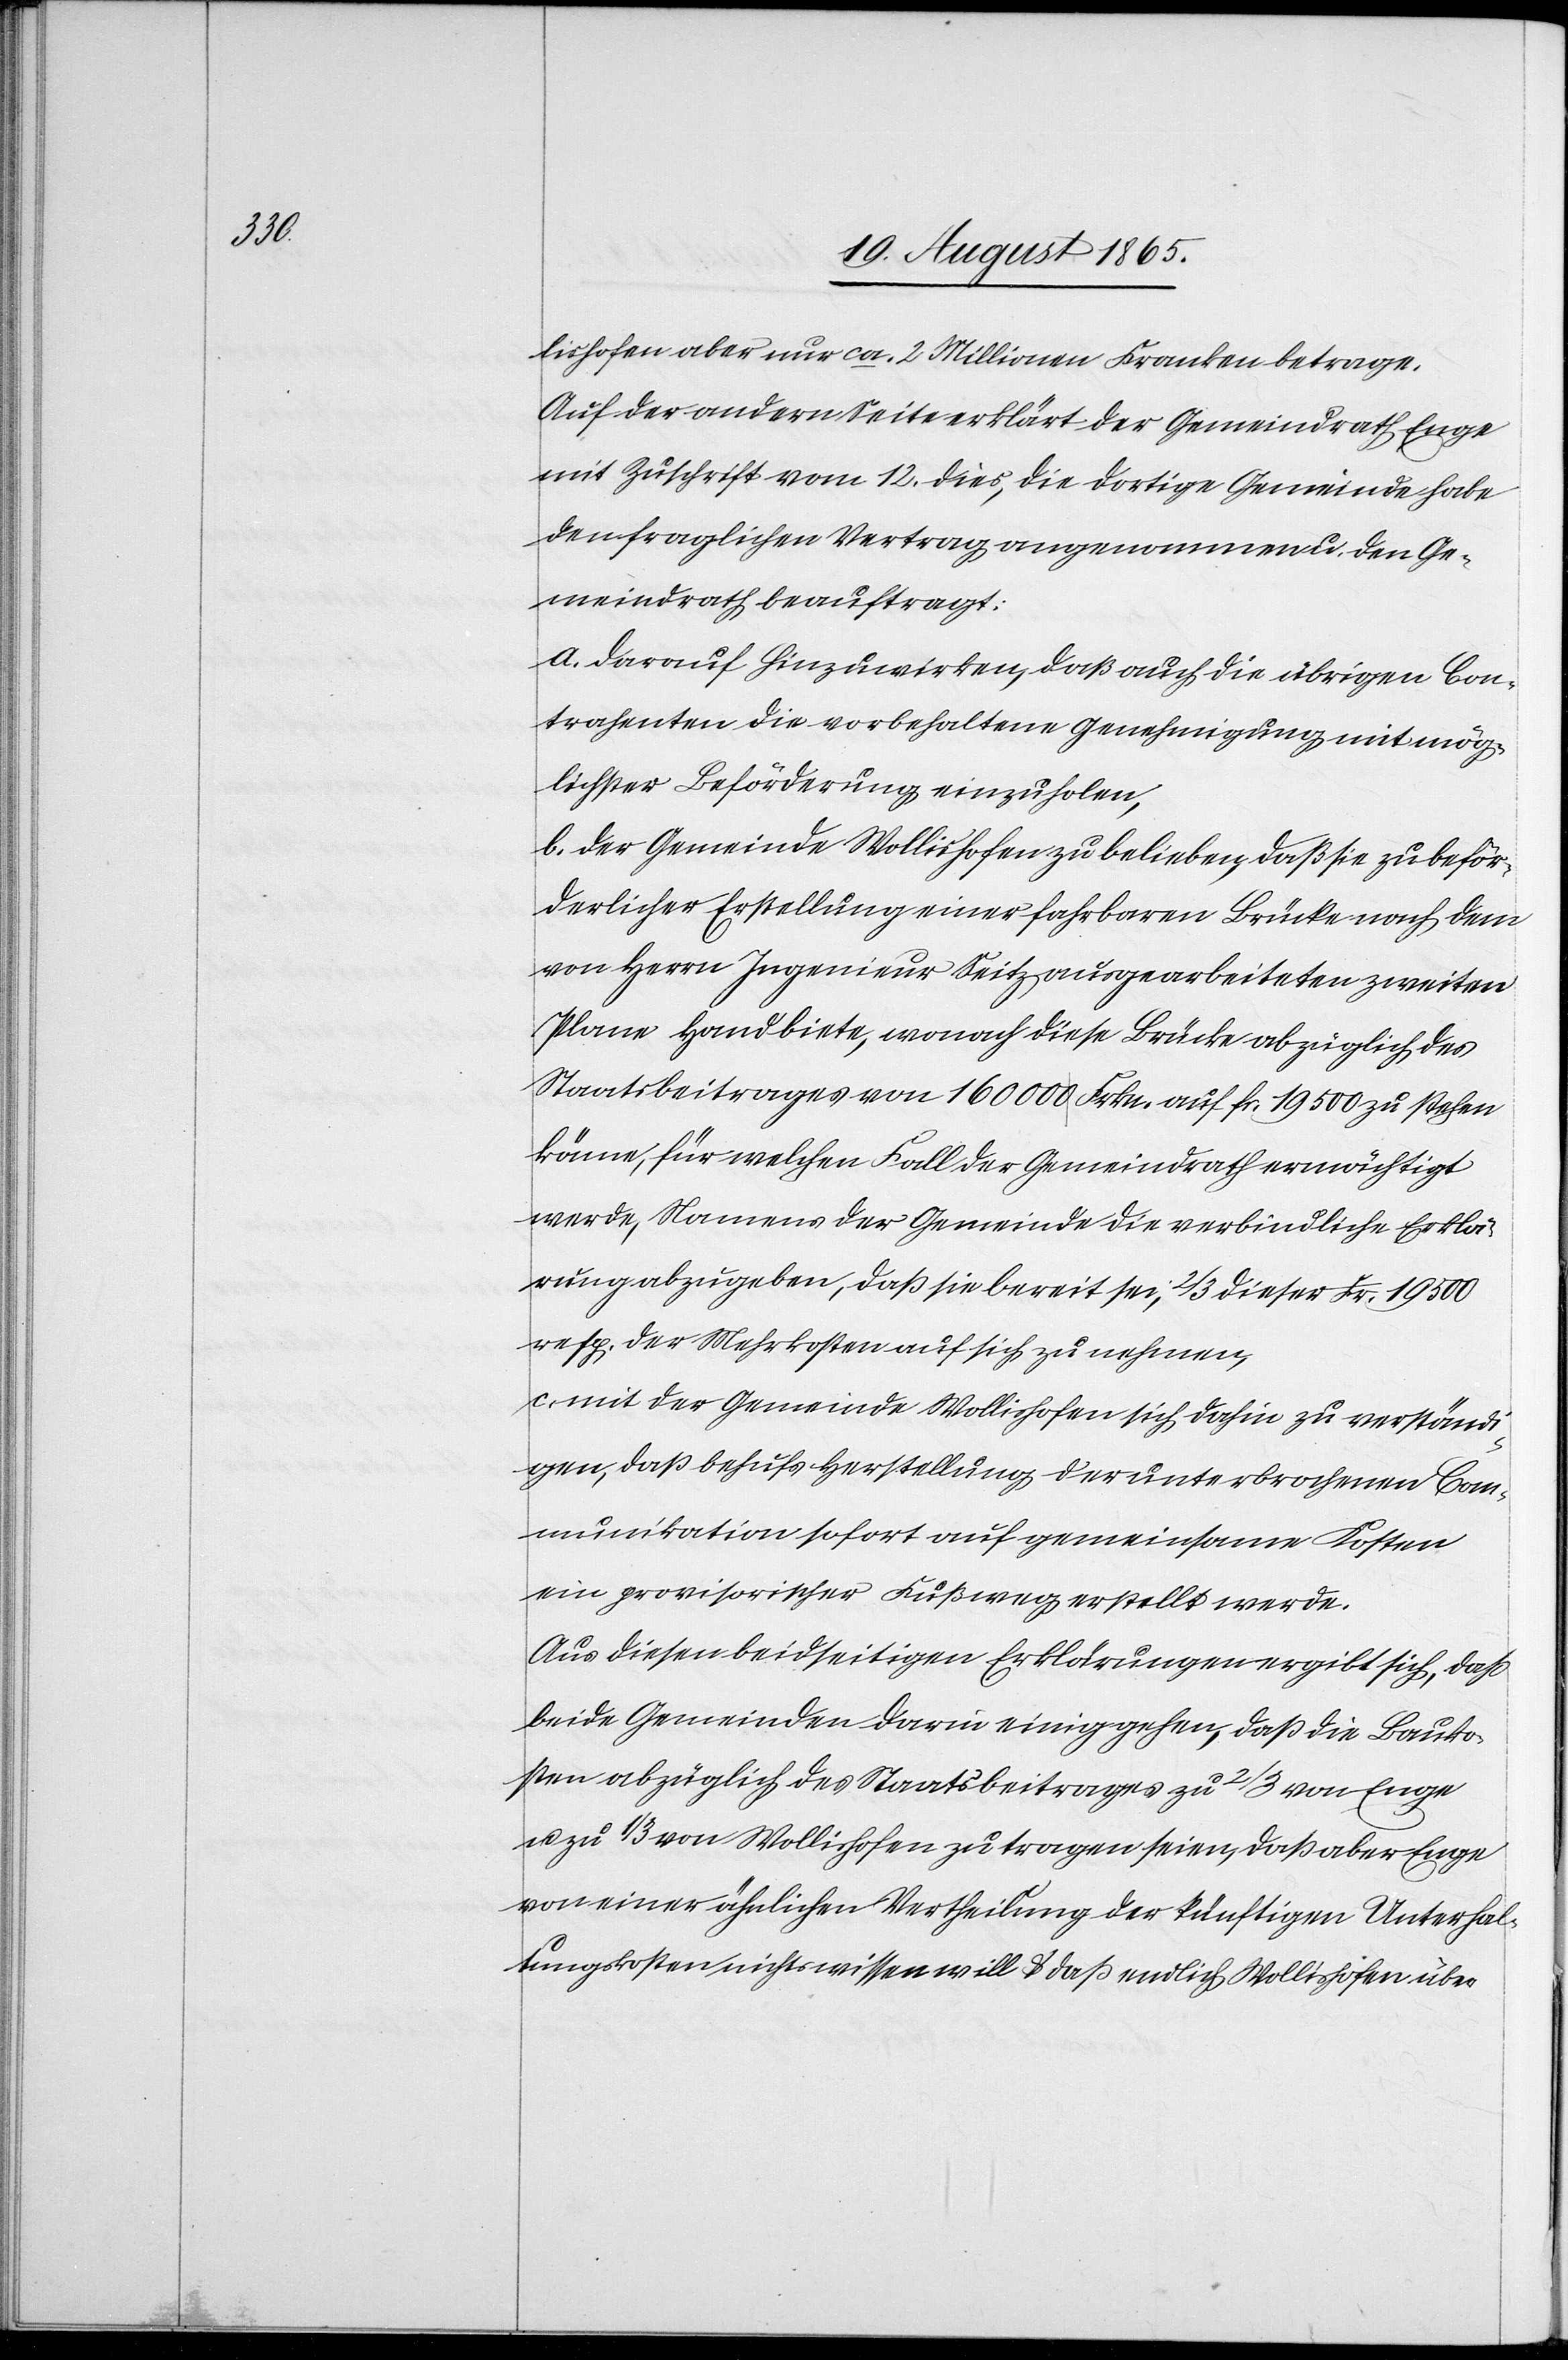
lishofen aber nur ca 2. Millionen Franken betrage.
Auf der andern Seite erklärt der Gemeindrath Enge
mit Zuschrift vom 12. dies, die dortige Gemeinde habe
den fraglichen Vertrag angenommen u. den Ge¬
meindrath beauftragt:
a. darauf hinzuwirken, daß auch die übrigen Con¬
trahenten die vorbehaltene Genehmigung mit mög¬
lichster Beförderung einzuholen
b. der Gemeinde Wollishofen zu belieben, daß sie zu beför¬
derlicher Erstellung einer fahrbaren Brücke nach dem
von Herrn Ingenieur Seitz ausgearbeiteten zweiten
Plane Hand biete, wonach diese Brücke abzüglich des
Staatsbeitrages von 16 000 Frkn. auf fr. 19 500 zu stehen
käme, für welchen Fall der Gemeindrath ermächtigt
werde, Namens der Gemeinde die verbindliche Erklä¬
rung abzugeben, daß sie bereit sei, 2/3 dieser Fr. 19 500
resp. der Mehrkosten auf sich zu nehmen,
c. mit der Gemeinde Wollishofen sich dahin zu verständi¬
gen, daß behufs Herstellung der unterbrochenen Com¬
munikation sofort auf gemeinsame Kosten
ein provisorischer Fußweg erstellt werde.
Aus diesen beidseitigen Erklärungen ergibt sich, daß
beide Gemeinden darin einig gehen, daß die Bauko¬
sten abzüglich des Staatsbeitrages zu 2/3 von Enge
u. zu 1/3 von Wollishofen zu tragen seien, daß aber Enge
von einer ähnlichen Vertheilung der künftigen Unterhal¬
tungskosten nichts wissen will u. daß endlich Wollishofen über